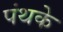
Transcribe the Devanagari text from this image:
पंथके